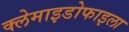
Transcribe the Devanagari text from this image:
क्लेमाइडोफाइला